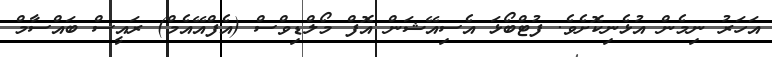
އަހަރު ނިމެން އުޅެނިކޮށެވެ. ފުޓްބޯޅަ އެސިއޭޝަން އޮފް މޯލްޑިވްސް (އެފްއޭއެމް) ރައީސް ބައްސާމް